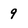
Character: 9